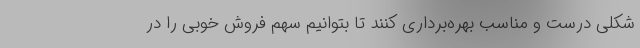
شکلی درست و مناسب بهره‌برداری کنند تا بتوانیم سهم فروش خوبی را در